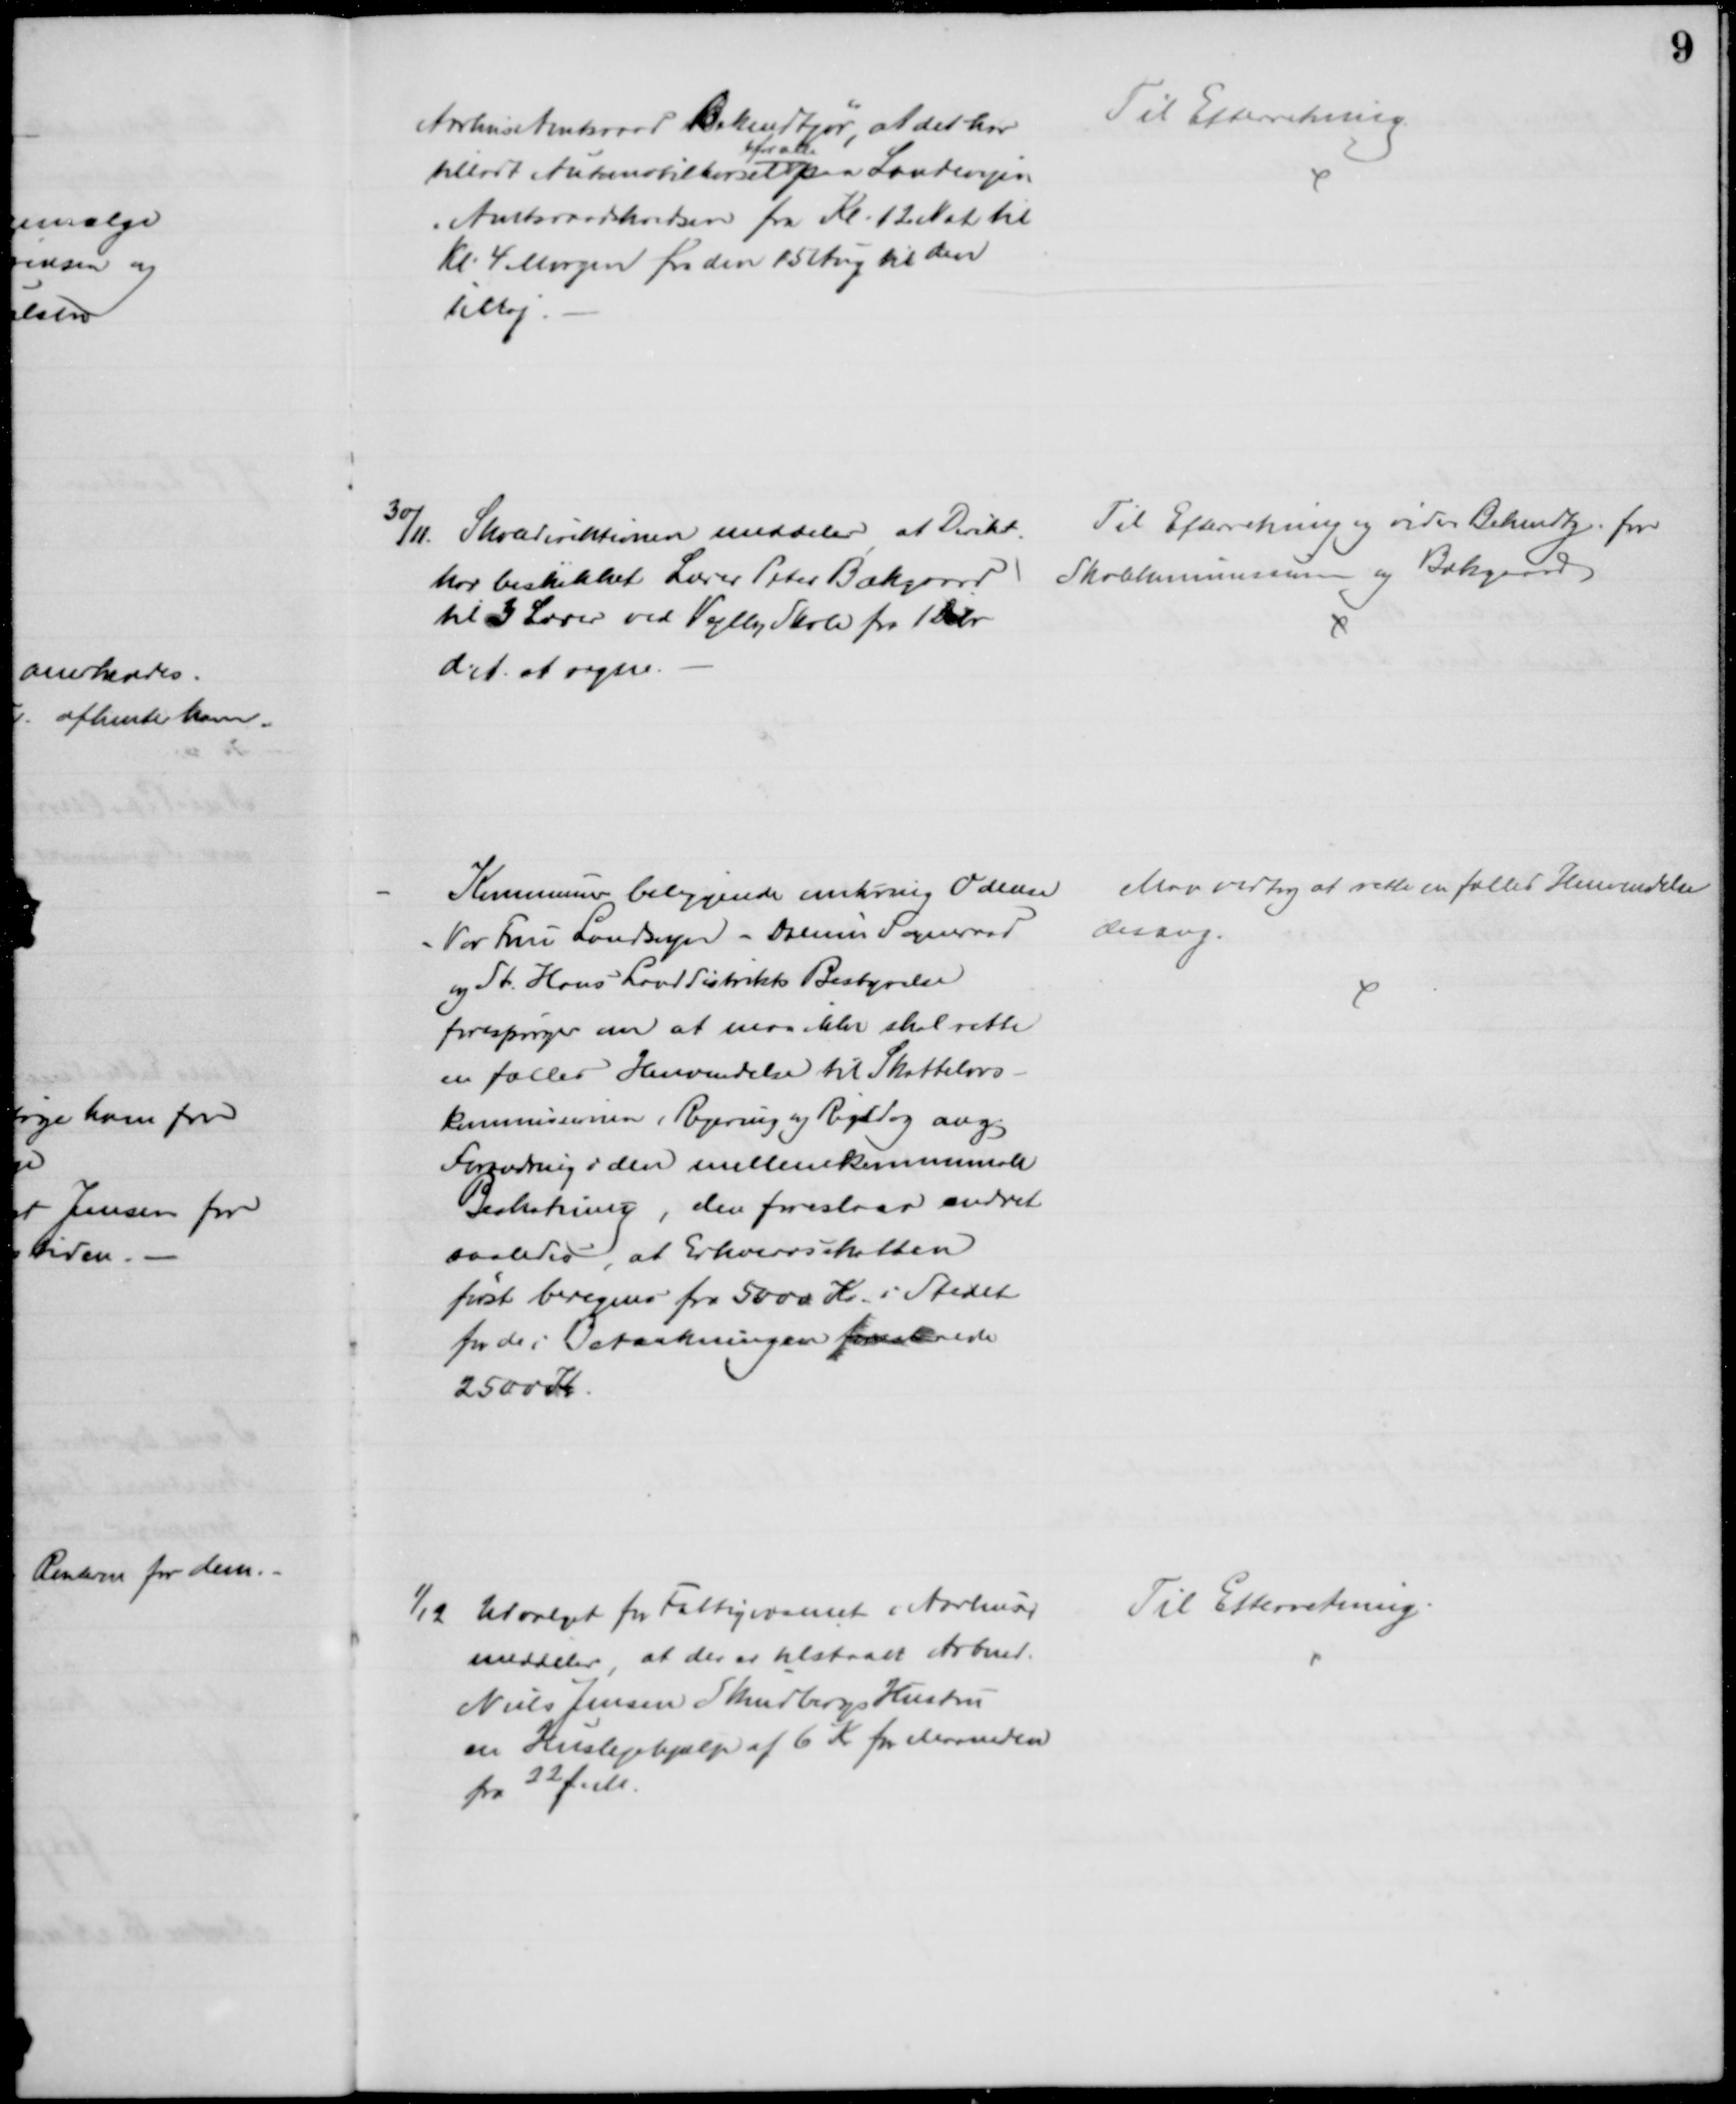
Transskription:
Århus Amtsraad Bekendtgør, at det har
tilladt Automobilkørsel 
for alle
paa Landevejen
i Amtsraadskredsen fra Kl. 12 Nat til
Kl. 4 Morgen fra den 15 Aug til den
1 Maj.
Til Efterretning.
30/11. Skoledirektionen meddeler at Direkt. 
har beskikket Lærer Peter Bækgaard 
til 3 Lærer ved Vejlby Skole fra 1 Debr
d. A. at regne.
Til Efterretning og videre Bekendtg. for
Skolekommissionen og Bækgaard
Kommuner beliggende omkring Odense
Vor Frue Landsogn - Dalum Sogneraad
og St. Hans Landdistrikts Bestyrelse
forespørger om at man ikke skal rette
en fælles Henvendelse til Skattelovs-
kommissionen, Regering og Rigsdag ang.
Forandring i den mellemkommunale
Beskatning, den foreslaar ændret
saaledes, at Erhvervsskatten
først beregnes fra 5000 Kr. i Stedet
for de i Betænkningen foreslaaede
2500 Kr.
Man vedtog at rette en fælles Henvendelse
desang.
1/12 Udvalget for Fattigvæsenet i Aarhus,
meddeler, at der er tilstaaet Arbmd.
Niels Jensen Skindbergs Hustru
en Huslejehjælp af 6 Kr for Maaneden
fra 22 f. M.
Til Efterretning.